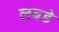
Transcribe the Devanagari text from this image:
लबडे